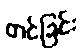
တင်ခြင်း